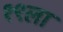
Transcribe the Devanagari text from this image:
१९ला